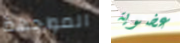
المواجهة عضوية